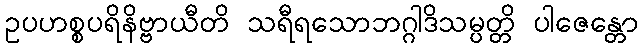
ဥပဟစ္စပရိနိဗ္ဗာယီတိ သရီရသောဘဂ္ဂါဒိသမ္ပတ္တိ ပါဇေန္တော